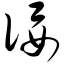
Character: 佞